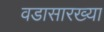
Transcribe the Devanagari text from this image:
वडासारख्या